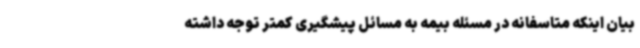
بیان اینکه متاسفانه در مسئله بیمه به مسائل پیشگیری کمتر توجه داشته